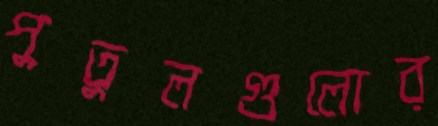
পুতুলগুলোর